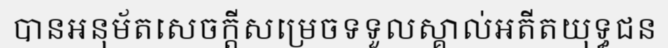
បានអនុម័តសេចក្តីសម្រេចទទួលស្គាល់អតីតយុទ្ធជន